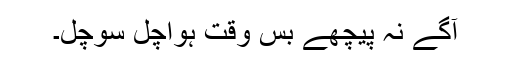
آگے نہ پیچھے بس وقت ہواچل سوچل۔